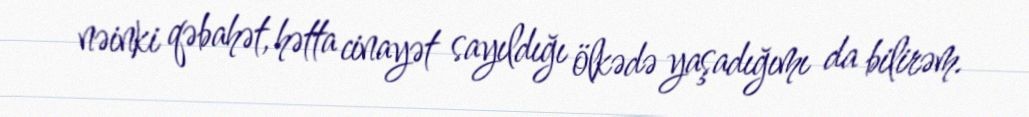
nəinki qəbahət, hətta cinayət sayıldığı ölkədə yaşadığımı da bilirəm.